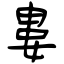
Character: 婁